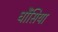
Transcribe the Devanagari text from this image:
धौंसिया